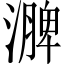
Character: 𪷗